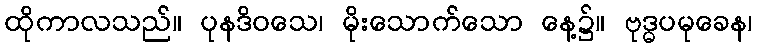
ထိုကာလသည်။ ပုနဒိဝသေ၊ မိုးသောက်သော နေ့၌။ ဗုဒ္ဓပမုခေန၊